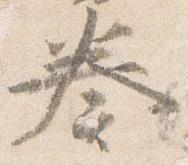
奏